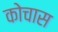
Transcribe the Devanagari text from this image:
कोचास